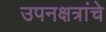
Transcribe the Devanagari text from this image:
उपनक्षत्रांचे